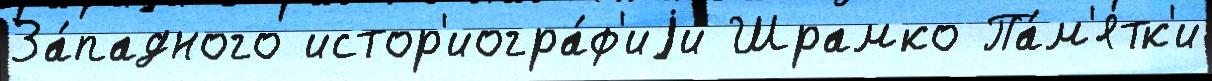
За́падного истор'иогра́ф'иjи Шрамко Па́м'ятк'и